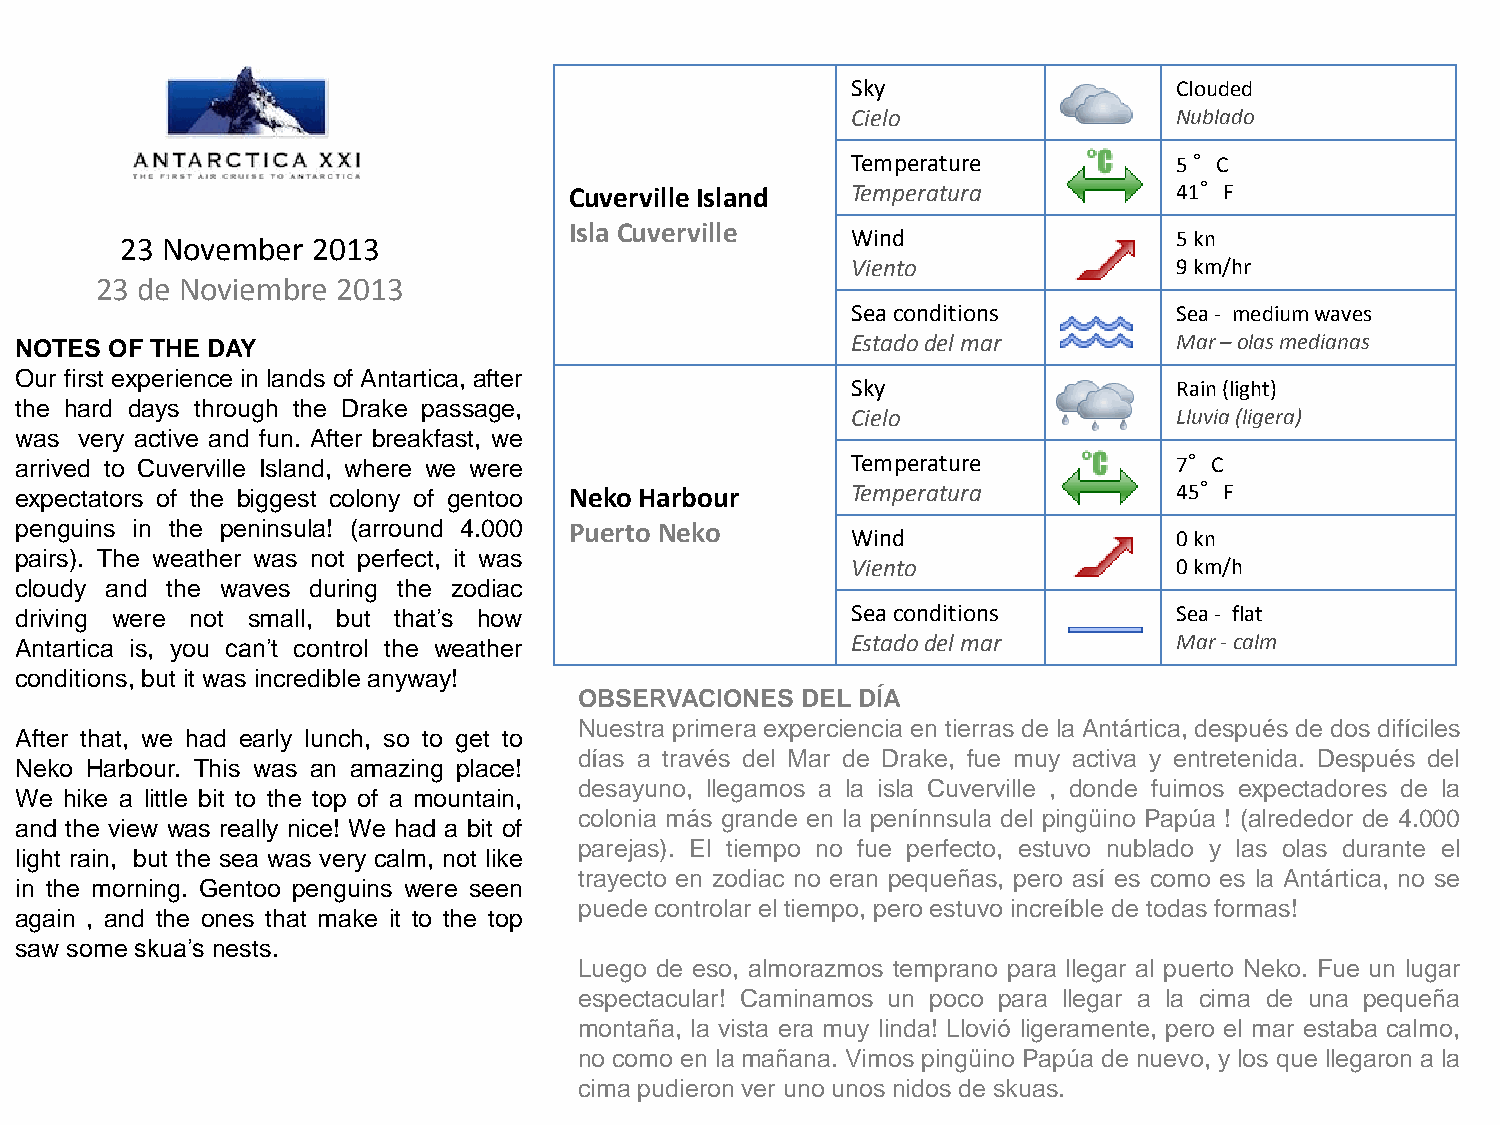
Sky                   Clouded
 Cielo                 Nublado
 Temperature           5 °C
 Cuverville Island Temperatura           41°F
 Isla Cuverville
 23 November  2013                               Wind                  5 kn
 Viento                9 km/hr
 23 de Noviembre 2013
 Sea conditions        Sea - medium waves
 NOTES OF THE DAY                                       Estado del mar        Mar – olas medianas
 Our first experience in lands of Antartica, after
 Sky                   Rain (light)
 the hard days through the Drake passage,
 Cielo                 Lluvia (ligera)
 was very active and fun. After breakfast, we
 arrived to Cuverville Island, where we were            Temperature           7°C
 expectators of the biggest colony of gentoo Neko Harbour Temperatura         45°F
 penguins in the peninsula! (arround 4.000 Puerto Neko
 Wind                  0 kn
 pairs). The weather was not perfect, it was
 Viento                0 km/h
 cloudy and the waves during the zodiac
 driving were not small, but that’s how                 Sea conditions        Sea - flat
 Antartica is, you can’t control the weather            Estado del mar        Mar - calm
 conditions, but it was incredible anyway!
 OBSERVACIONES  DEL DÍA
 Nuestra primera experciencia en tierras de la Antártica, después de dos difíciles
 After that, we had early lunch, so to get to
 días a través del Mar de Drake, fue muy activa y entretenida. Después del
 Neko Harbour. This was an amazing place!
 desayuno, llegamos a la isla Cuverville , donde fuimos expectadores de la
 We hike a little bit to the top of a mountain,
 colonia más grande en la penínnsula del pingüino Papúa ! (alrededor de 4.000
 and the view was really nice! We had a bit of
 parejas). El tiempo no fue perfecto, estuvo nublado y las olas durante el
 light rain, but the sea was very calm, not like
 trayecto en zodiac no eran pequeñas, pero así es como es la Antártica, no se
 in the morning. Gentoo penguins were seen
 puede controlar el tiempo, pero estuvo increíble de todas formas!
 again , and the ones that make it to the top
 saw some skua’s nests.
 Luego de eso, almorazmos temprano para llegar al puerto Neko. Fue un lugar
 espectacular! Caminamos un poco para llegar a la cima de una pequeña
 montaña, la vista era muy linda! Llovió ligeramente, pero el mar estaba calmo,
 no como en la mañana. Vimos pingüino Papúa de nuevo, y los que llegaron a la
 cima pudieron ver uno unos nidos de skuas.